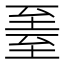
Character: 𬛳